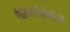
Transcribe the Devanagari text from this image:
पैलियोपैथोलॉजी